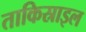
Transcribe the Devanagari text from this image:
ताकिस्राइल